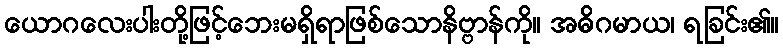
ယောဂလေးပါးတို့ဖြင့်ဘေးမရှိရာဖြစ်သောနိဗ္ဗာန်ကို။ အဓိဂမာယ၊ ရခြင်း၏။